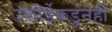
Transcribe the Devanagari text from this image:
उकीर्डेकडूनही